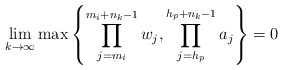
\begin{align*} \displaystyle\lim_{k\to \infty} \max \left\{ \prod_{j=m_i}^{m_i+n_k-1}w_j , \prod_{j=h_p}^{h_p+n_k-1}a_j \right\}=0 \end{align*}